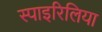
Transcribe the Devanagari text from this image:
स्पाइरिलिया